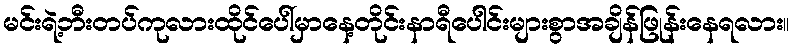
မင်းရဲ့ဘီးတပ်ကုလားထိုင်ပေါ်မှာနေ့တိုင်းနာရီပေါင်းများစွာအချိန်ဖြုန်းနေရလား။